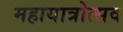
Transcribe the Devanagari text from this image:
महायात्रोत्सव